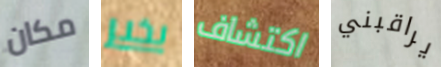
مكان بخير اكتشاف يراقبني